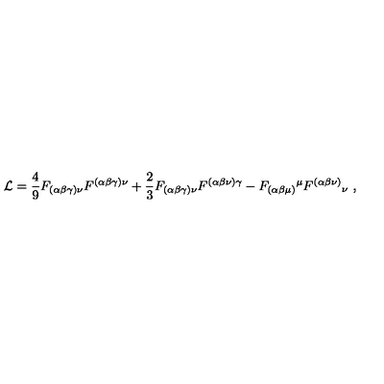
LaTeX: \mathcal { L } = \frac { 4 } { 9 } F _ { ( \alpha \beta \gamma ) \nu } F ^ { ( \alpha \beta \gamma ) \nu } + \frac { 2 } { 3 } F _ { ( \alpha \beta \gamma ) \nu } F ^ { ( \alpha \beta \nu ) \gamma } - F _ { ( \alpha \beta \mu ) } { } ^ { \mu } F ^ { ( \alpha \beta \nu ) } { } _ { \nu } \ ,